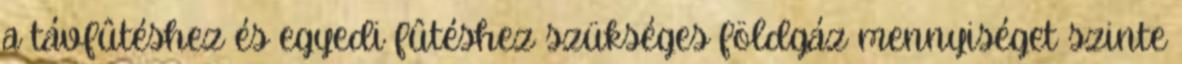
a távfûtéshez és egyedi fûtéshez szükséges földgáz mennyiséget szinte